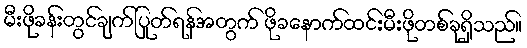
မီးဖိုခန်းတွင်ချက်ပြုတ်ရန်အတွက် ဖိုခနောက်ထင်းမီးဖိုတစ်ခုရှိသည်။